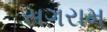
સગરામ